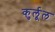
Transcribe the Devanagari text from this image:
कुर्लूल